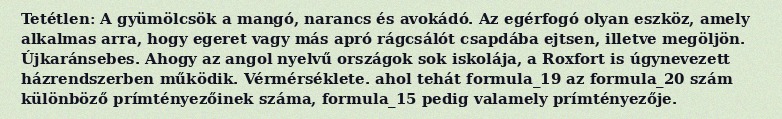
Tetétlen: A gyümölcsök a mangó, narancs és avokádó. Az egérfogó olyan eszköz, amely alkalmas arra, hogy egeret vagy más apró rágcsálót csapdába ejtsen, illetve megöljön. Újkaránsebes. Ahogy az angol nyelvű országok sok iskolája, a Roxfort is úgynevezett házrendszerben működik. Vérmérséklete. ahol tehát formula_19 az formula_20 szám különböző prímtényezőinek száma, formula_15 pedig valamely prímtényezője.